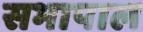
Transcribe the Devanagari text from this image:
सभापाल